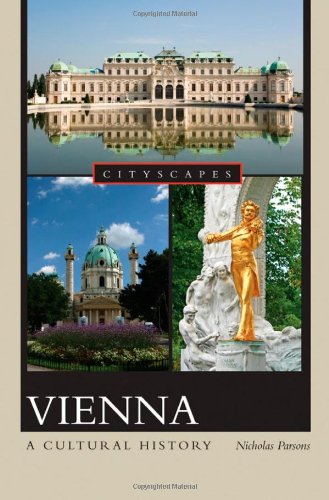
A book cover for Vienna: A Cultural History (Cityscapes); Nicholas Parsons; Travel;